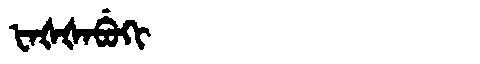
Manchu: ᡶᠠᡧᡧᠠᠪᡠᡴᡳ
Romanization: FAŠŠABUKI